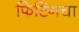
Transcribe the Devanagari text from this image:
फिटिंगचा